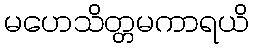
မဟေသိတ္တမကာရယိ